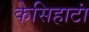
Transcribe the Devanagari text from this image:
केसिहाटां